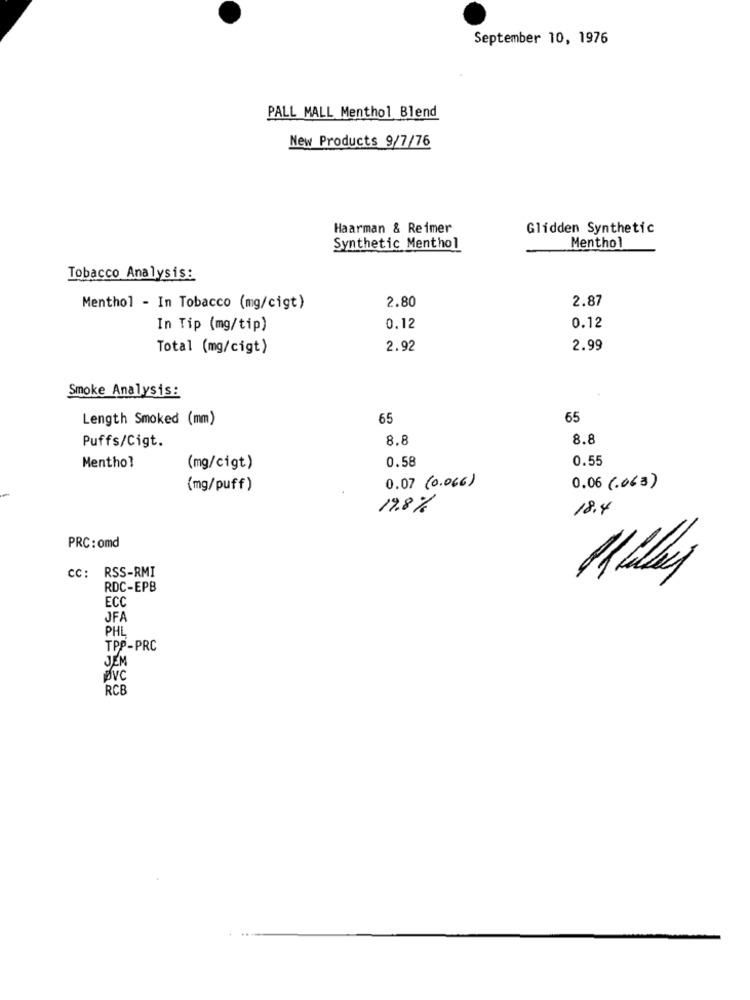
September 10, 1976
PALL MALL Menthol Blend
New Products 9/7/76
Haarman & Reimer
Glidden Synthetic
Synthetic Menthol
Menthol
Tobacco Analysis:
2.80
2.87
Menthol - In Tobacco (mg/cigt)
In Tip (mg/tip)
0.12
0.12
Total (mg/cigt)
2.92
2.99
Smoke Analysis:
Length Smoked (mm)
65
65
Puffs/Cigt.
8.8
8.8
0.58
0.55
Menthol
(mg/cigt)
0.07 (0.066)
(mg/puff)
0.06 (.063)
19.8%
18.4
PRC: omd
cc: RSS-RMI
RDC-EPB
ECC
JFA
PHL
TPP-PRC
JEM
Pvc
RCB